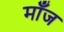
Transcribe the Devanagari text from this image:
माँज